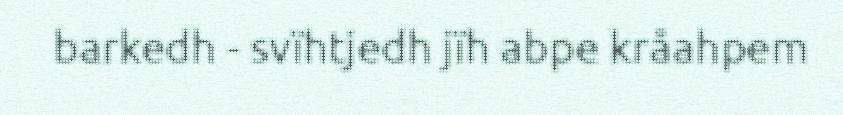
barkedh - svïhtjedh jïh abpe kråahpem